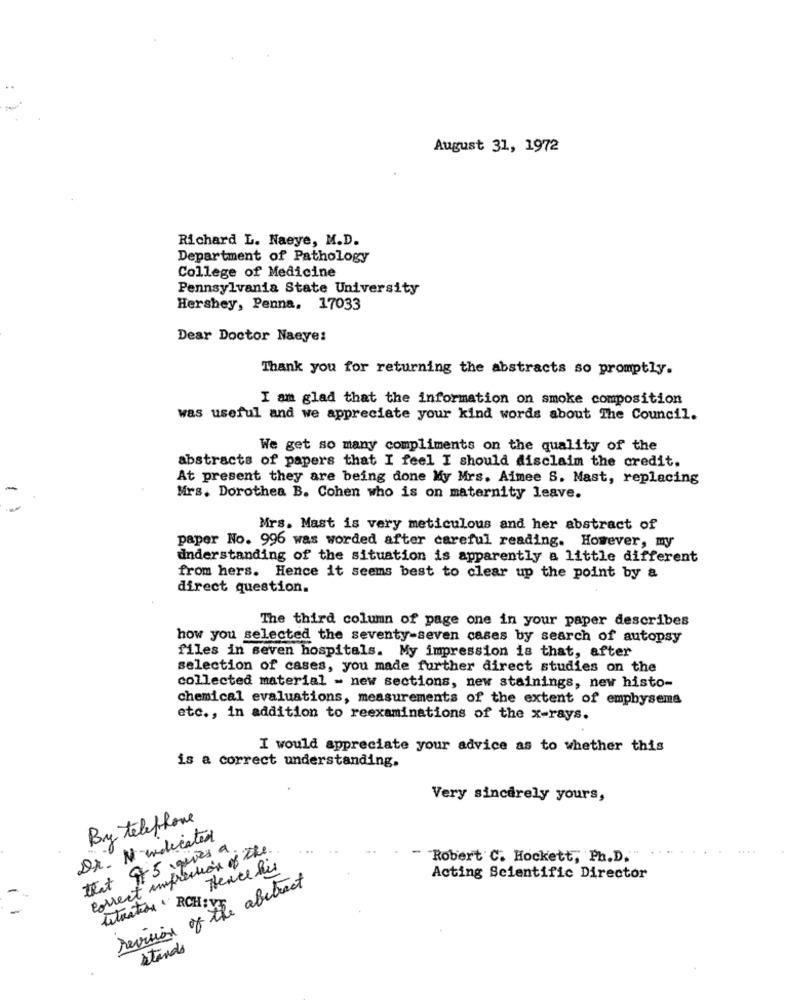
August 31, 1972
Richard L. Naeye, M.D.
Department of Pathology
College of Medicine
Pennsylvania State University
Hershey, Penna, 17033
Dear Doctor Naeye:
Thank you for returning the abstracts so promptly.
I am glad that the information on smoke composition
was useful and we appreciate your kind words about The Council.
We get so many compliments on the quality of the
abstracts of papers that I feel I should disclaim the credit.
At present they are being done My Mrs. Aimee S. Mast, replacing
Mrs. Dorothea B. Cohen who is on maternity leave.
Mrs. Mast is very meticulous and her abstract of
paper No. 996 was worded after careful reading. However, my
dnderstanding of the situation is apparently a little different
from hers. Hence it seems best to clear up the point by a
direct question.
The third column of page one in your paper describes
how you selected the seventy-seven cases by search of autopsy
files in seven hospitals. My impression is that, after
selection of cases, you made further direct studies on the
collected material - new sections, new stainings, new histo-
chemical evaluations, measurements of the extent of emphysema
etc ., in addition to reexaminations of the x-rays.
I would appreciate your advice as to whether this
is a correct understanding.
Very sincerely yours,
By telephone
Dr. M indicated
that of 5 gives a.
correct impression of the
Robert C. Hockett, Ph.D.""
Hence his
Revision of the abstract
Acting Scientific Director
titration " RCHIT
stands